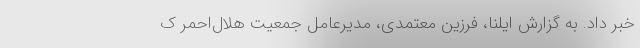
خبر داد. به گزارش ایلنا، فرزین معتمدی، مدیرعامل جمعیت هلال‌احمر ک